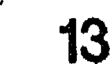
13